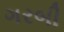
ગરબી